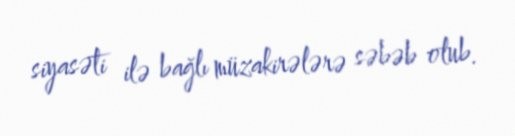
siyasəti ilə bağlı müzakirələrə səbəb olub.